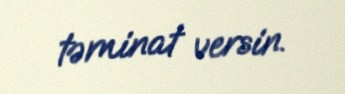
təminat versin.